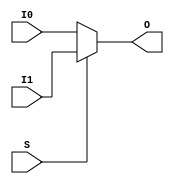
`ifdef verilator3
`else
`timescale 1 ps / 1 ps
`endif
//
// MUXF9 primitive for Xilinx FPGAs
// Compatible with Verilator tool (www.veripool.org)
// Copyright (c) 2019-2022 Frdric REQUIN
// License : BSD
//

/* verilator coverage_off */
module MUXF9
(
    input  wire I0, I1,
    input  wire S,
    output wire O
);

    assign O = (S) ? I1 : I0;

endmodule
/* verilator coverage_on */